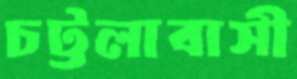
চট্টলাবাসী